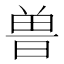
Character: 𰗀